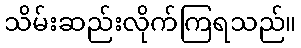
သိမ်းဆည်းလိုက်ကြရသည်။